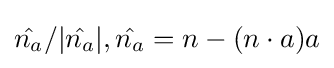
{\hat {n_{a}}}/|{\hat {n_{a}}}|,{\hat {n_{a}}}=n-(n\cdot a)a